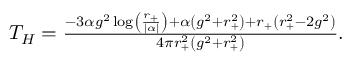
\begin{array} { r } { T _ { H } = \frac { - 3 \alpha g ^ { 2 } \log \left( \frac { r _ { + } } { | \alpha | } \right) + \alpha \left( g ^ { 2 } + r _ { + } ^ { 2 } \right) + r _ { + } \left( r _ { + } ^ { 2 } - 2 g ^ { 2 } \right) } { 4 \pi r _ { + } ^ { 2 } \left( g ^ { 2 } + r _ { + } ^ { 2 } \right) } . } \end{array}